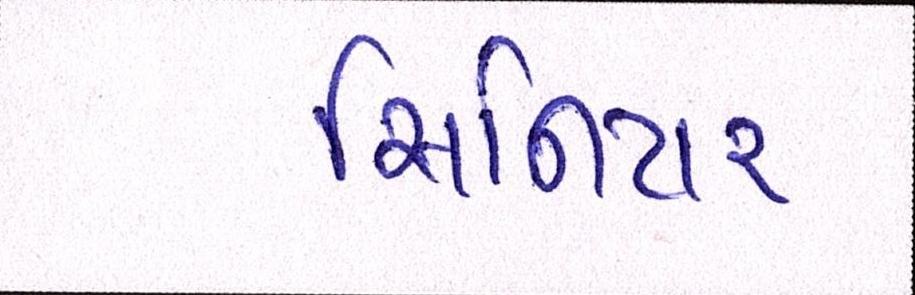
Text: સિનિયર